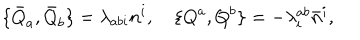
LaTeX: \{ \bar { Q } _ { a } , \bar { Q } _ { b } \} = \lambda _ { a b i } n ^ { i } , \quad \{ Q ^ { a } , Q ^ { b } \} = - \lambda _ { i } ^ { a b } \bar { n } ^ { i } ,